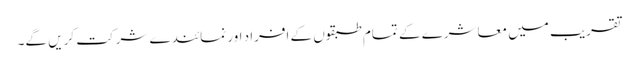
تقریب میں معاشرے کے تمام طبقوں کے افراد اور نمائندے شرکت کریں گے۔